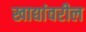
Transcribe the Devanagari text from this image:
खाद्यांवरील